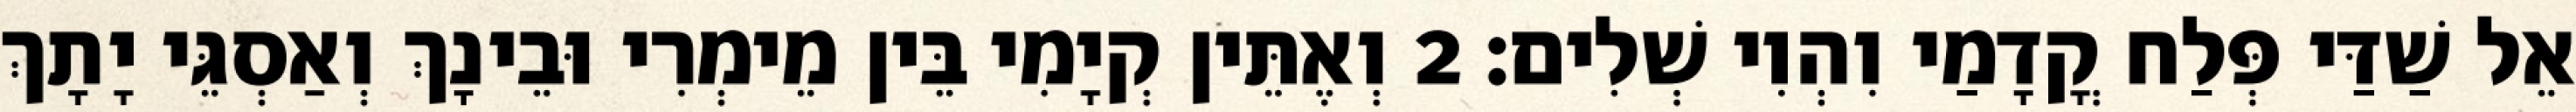
אֵל שַׁדַּי פְּלַח קֳדָמַי וִהְוִי שְׁלִים׃ 2 וְאֶתֵּין קְיָמִי בֵּין מֵימְרִי וּבֵינָךְ וְאַסְגֵּי יָתָךְ